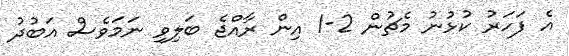
އެ ފަހަރު ކުޅުނު މެޗުން 2-1 އިން ރާއްޖެ ބަލިވި ނަމަވެސް އަބުދު